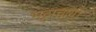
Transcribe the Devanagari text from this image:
भट्टाचार्य।